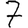
Digit: 7